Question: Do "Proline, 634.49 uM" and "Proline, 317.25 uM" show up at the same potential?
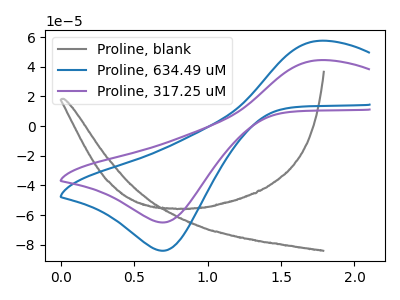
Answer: <think>The gray curve "Proline, blank" has no peaks. The blue curve "Proline, 634.49 uM" has an anodic peak at (1.75V, 57.40uA) and a cathodic peak at (0.70V, -83.95uA). The purple curve "Proline, 317.25 uM" has an anodic peak at (1.75V, 44.40uA) and a cathodic peak at (0.70V, -64.90uA).
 All the peaks in "Proline, 634.49 uM" have a peak in "Proline, 317.25 uM" at the same potential. Every peak in "Proline, 634.49 uM" is higher than every peak in "Proline, 317.25 uM".</think>
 <answer>"Proline, 634.49 uM" and "Proline, 317.25 uM" are similar in shape.</answer>
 <eval>same_shape</eval>